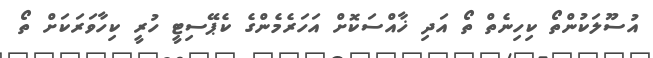
އުސޫލަކުންތޯ ކިހިނެތް ތޯ އަދި ޚާއްސަކޮށް އަހަރެމެންގެ ކެޕޭސިޓީ ހުރީ ކިހާވަރަކަށް ތޯ